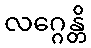
လဂ္ဂေန္တိ